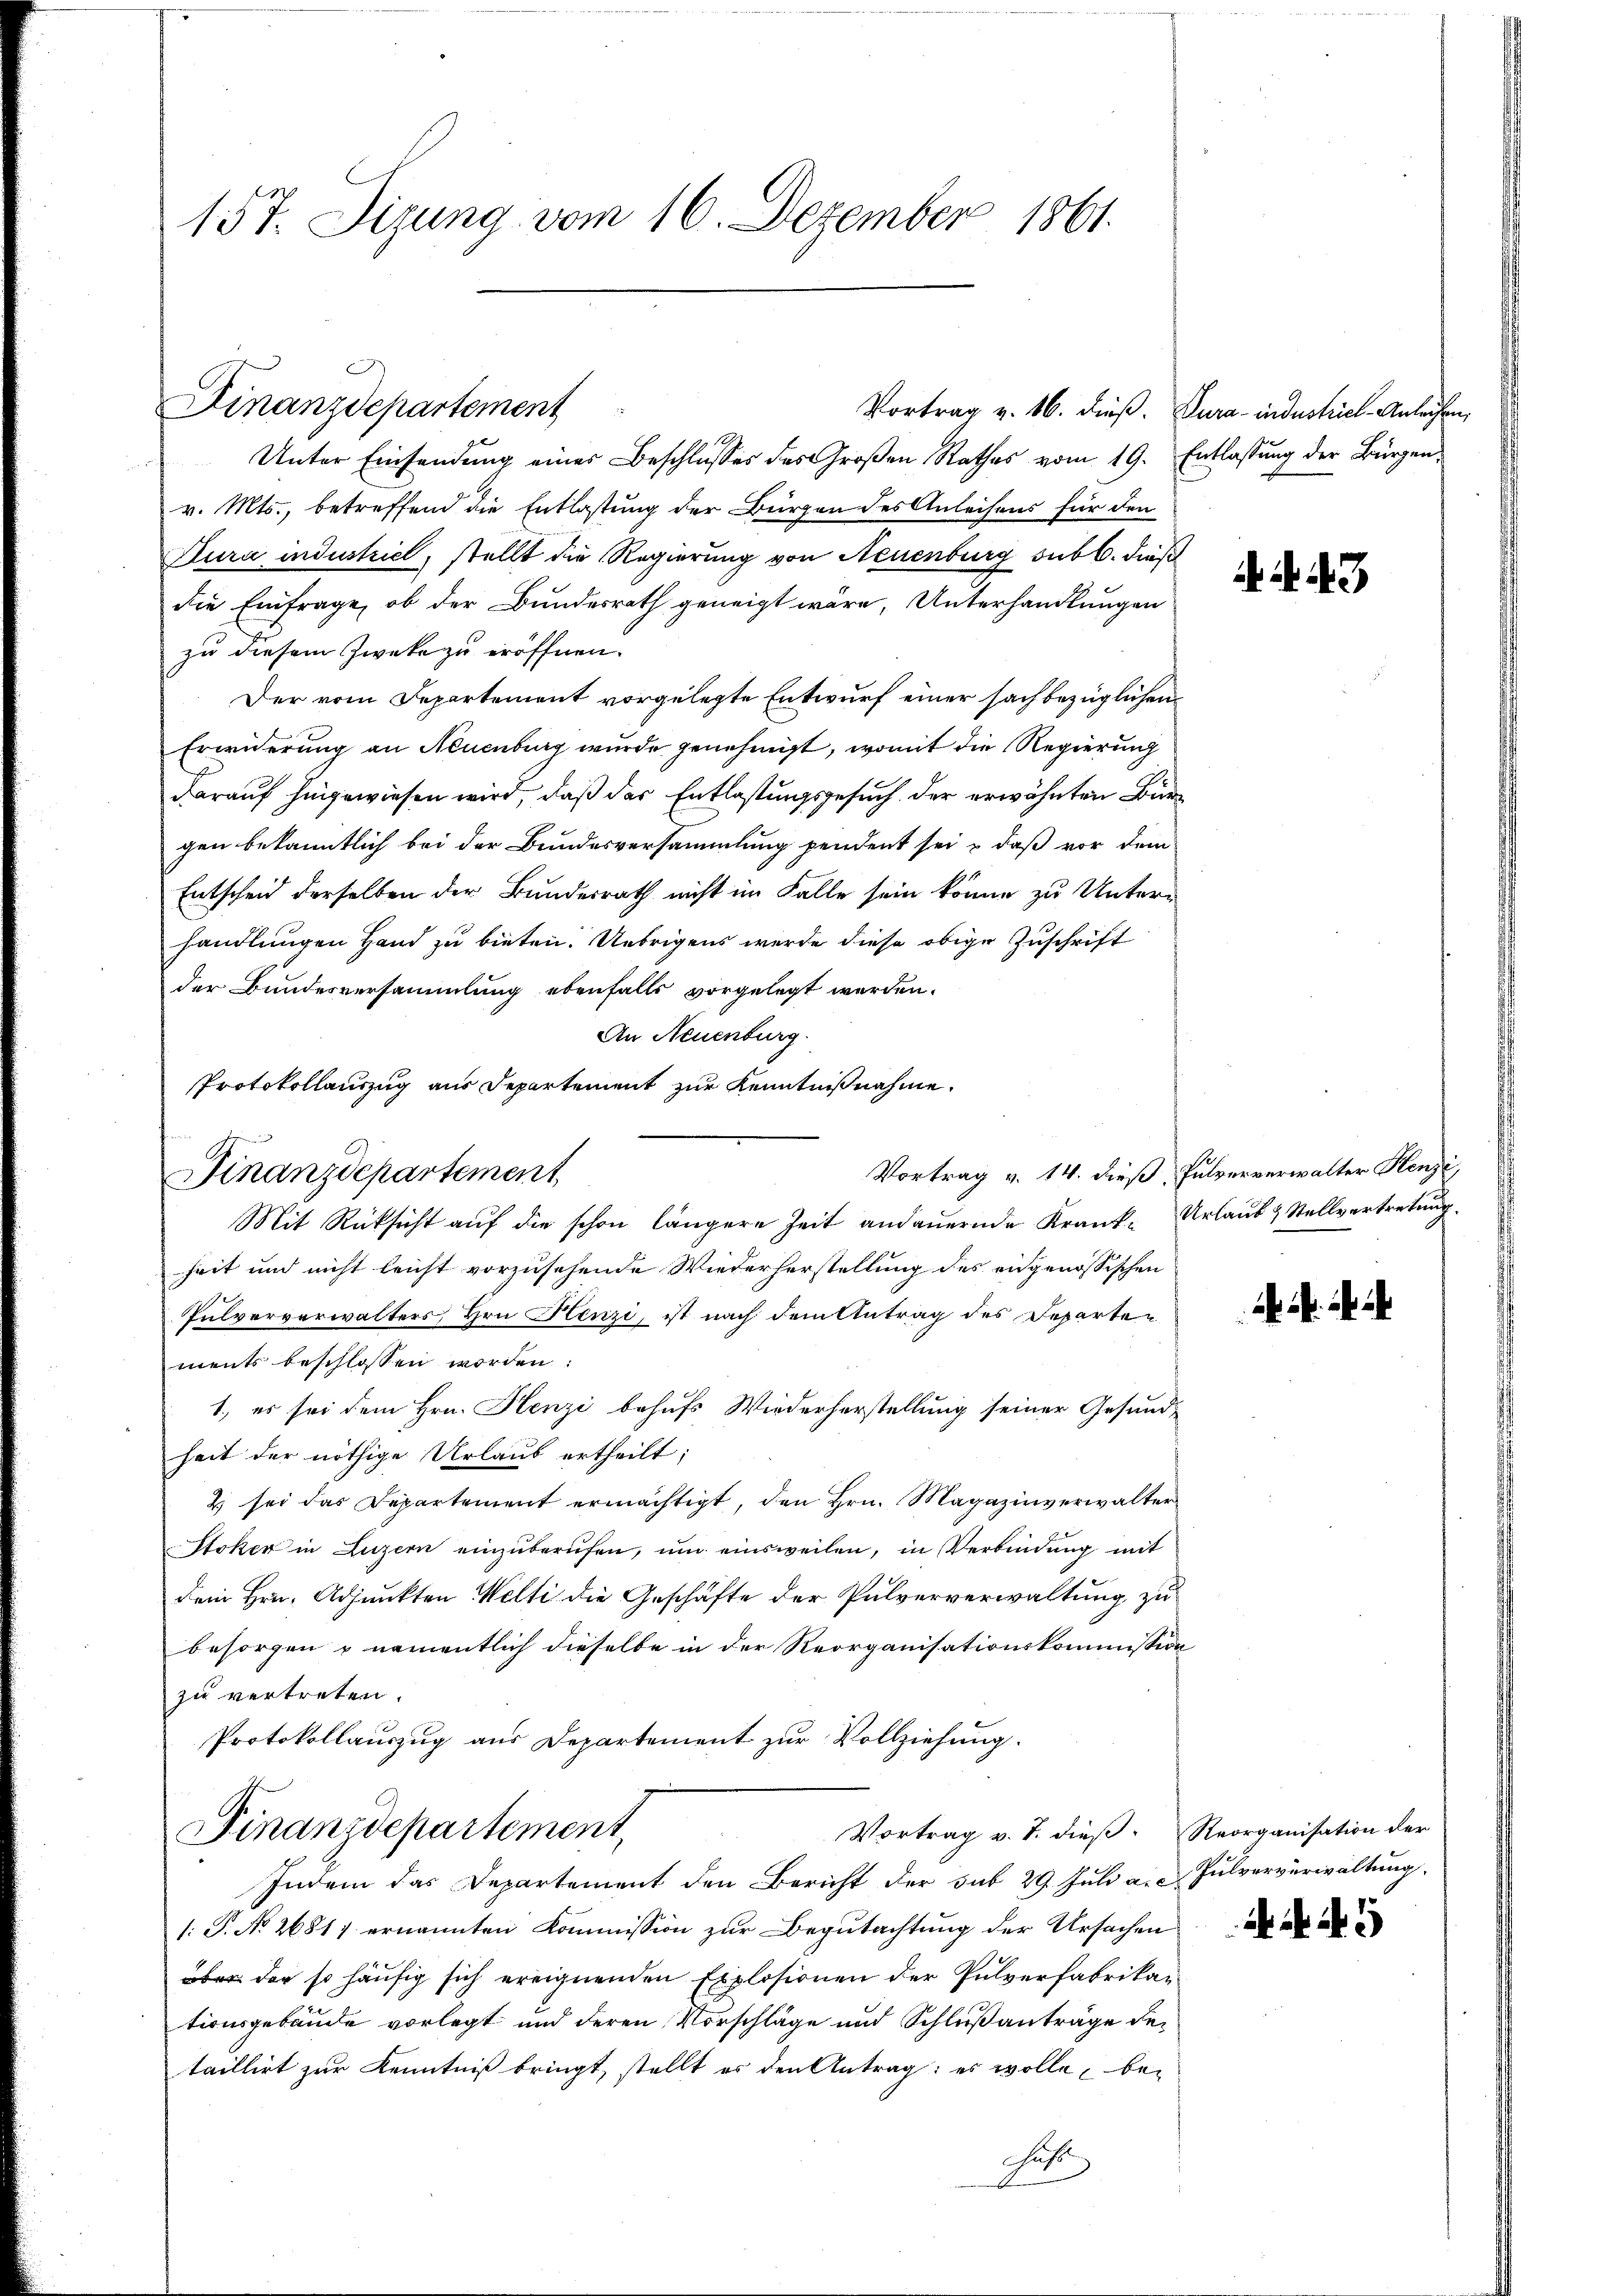
157. Sizung vom 16. Dezember 1861.

Finanzdepartement

Unter Einsendung eines Beschlusses des Großen Rathes vom 19. Entlassung der Bürgen
v. Mts., betreffend die Entlastung der Bürgen des Anleihens für den
Dura industriel, stellt die Regierung von Neuenburg sub b. dieß
die Einfrage, ob der Bundesrath geneigt wäre, Unterhandlungen
zu diesem Zwecke zu eröffnen.
Der vom Departement vorgelegte Entwurf einer sachbezüglichen
Erwiderung an Neuenburg wurde genehmigt, womit die Regierung
darauf hingewiesen wird, daß der Entlastungsgesuch der erwähnten Bürgen bekanntlich bei der Bundesversammlung pendent sei & daß vor dem
Entscheid derselben der Bundesrath nicht im Falle sein könne zu Unter-
handlungen Hand zu bieten. Uebrigens werde diese obige Zuschrift
der Bundesversammlung ebenfalls vorgelegt werden.
An Neuenburg.
Protokollauszug aus Departement zur Kenntnißnahme.
Mit Rücksicht auf die schon längere Zeit andauernde Krank- Urlaub & Stellvertretung
heit und nicht leicht vorzusehende Wiederherstellung des eidgenössischen
Pulververwalters, Hrn Fenzi, ist nach dem Antrag des Departements beschlossen worden:
1., es sei dem Hrn. Henzi behufs Wiederherstellung seiner Gesundheit der nöthige Urlaub ertheilt;
2 sei das Departement ermächtigt, den Hrn. Magazinverwalter
Stoker in Luzern einzŭberŭfen, ŭm einsweilen, in Verbindung mit
Dein Hrn. Adjunkten Welti die Geschäfte der Pulververwaltung zu
besorgen & namentlich dieselbe in der Reorganisationskommission
zu vertreten.
Protokollauszug aus Departement zur Vollziehung.
Vortrag v. J. dieß. Reorganisation der
Finanzdepartement,
Indem das Departement den Bericht der sub 29. Juli a. a. Pulververwaltung
1: P. No 26817 ernannten Kommission zur Begutachtung der Ursachen
über der so häufig sich ereignenden Explosionen der Pulverfabrikan
tionsgebäude vorlegt und deren Vorschläge und Schlußanträge der
taillirt zur Kenntniß bringt, stellt es den Antrag: es wolle, be-
Justi

Finanzdepartement

Vortrag v. 16. dieß. Dura-industriel Anleihen,

43

Vortrag v. 14. dieß, Pulververwalter Henzi,

.

Nr. 1